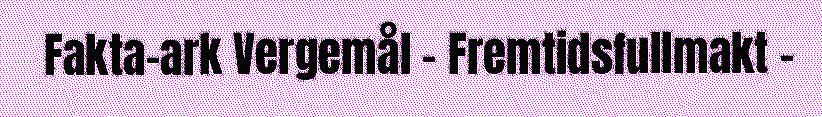
Fakta-ark Vergemål – Fremtidsfullmakt –